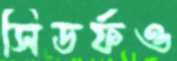
সিডর্ফও